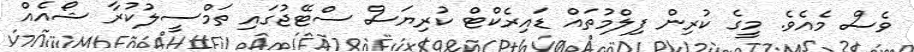
ވެސް މެއެވެ. މީގެ ކުރިން ފިލްމުތައް ޑައިރެކްޓް ކުރިޔަސް ސްޓޭޖުގައި ތަމްސީލުކުރާ ޝޯއެއް